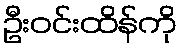
ဦးဝင်းထိန်ကို